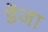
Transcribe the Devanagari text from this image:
डेंजा